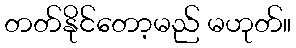
တတ်နိုင်တော့မည် မဟုတ်။